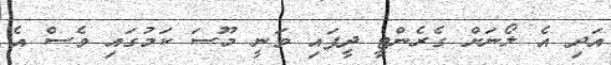
އަދި އެ ލޯނަށް ގެރެންޓީ ދީފައި ވަނީ މޫސަ ކަމުގައި ވެސް އެ